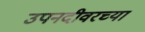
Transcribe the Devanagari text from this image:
उपनदीवरच्या